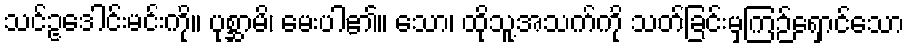
သင်ဥဒေါင်းမင်းကို။ ပုစ္ဆာမိ၊ မေးပါ၏။ သော၊ ထိုသူ့အသက်ကို သတ်ခြင်းမှကြဉ်ရှောင်သော